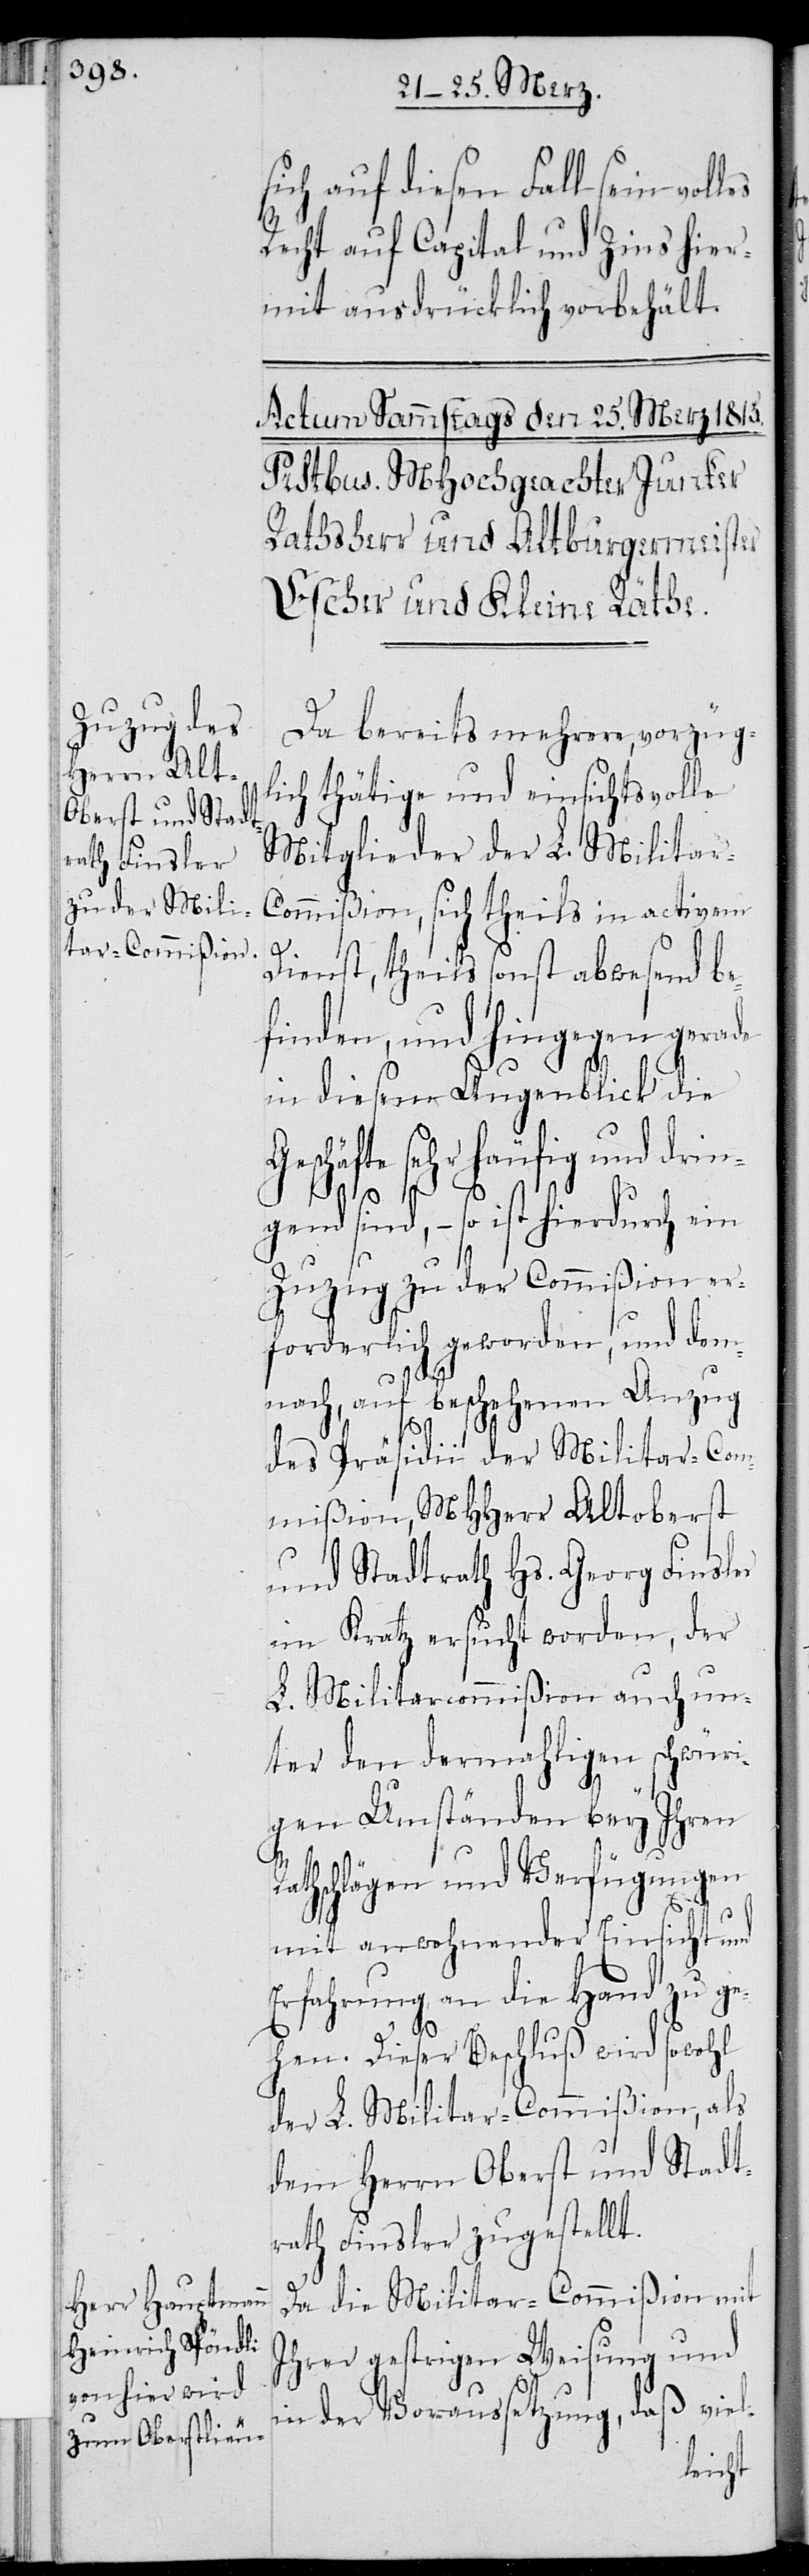
les

ich auf diesen Fall sein vol¬
Recht auf Capital und Zins hier¬
mit ausdrücklich vorbehält.
Da bereits mehrere, vorzüg¬
lich thätige und einsichtsvolle
Mitglieder der L. Militar-C¬
ommißion, sich theils in activem
Dienst, theils sonst abwesend be¬
finden, und hingegen gerade
in diesem Augenblick die
Geschäfte sehr häufig und drin¬
gend sind, – so ist hierdurch ein
Zuzug zu der Commißion er¬
forderlich geworden, und dem¬
nach, auf beschehenen Anzug
des Präsidii der Militar-Com¬
mißion, MHHerr Altoberst
und Stadtrath Hs. Georg Finsler
im Kratz ersucht worden, der
L. Militarcommißion auch un¬
ter den dermahligen schwüri¬
gen Umständen bey Ihren
athschlägen und Verfügungen
s¬
mit anwohnender Einsicht und
Erfahrung an die Hand zu ge¬
R¬
hen. Dieser Beschluß wird sowohl
der L. Militar-Commißion, als
dem Herrn Oberst und Stadt¬
rath Finsler zugestellt.
Da die Militar-Commißion mit
ihrer gestrigen Weisung und
in der Voraussetzung, daß viel-